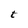
Character: t